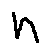
n